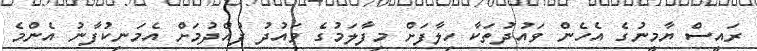
ރައީސް ޔާމީނުގެ އެހެން ވައުދުތަކާ ހިލާފަށް މިފާލަމުގެ ވައުދު ފުއްދުމަށް އެމަނިކުފާނު އެންމެ